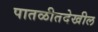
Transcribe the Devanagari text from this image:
पातळीतदेखील